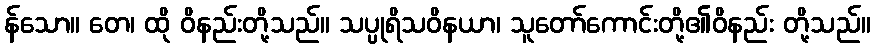
န်သော။ တေ၊ ထို ဝိနည်းတို့သည်။ သပ္ပုရိသဝိနယာ၊ သူတော်ကောင်းတို့၏ဝိနည်း တို့သည်။